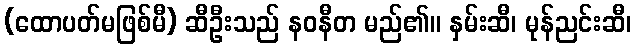
(ထောပတ်မဖြစ်မီ) ဆီဦးသည် နဝနီတ မည်၏။ နှမ်းဆီ၊ မုန်ညင်းဆီ၊